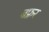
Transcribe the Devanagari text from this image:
बफ्रर